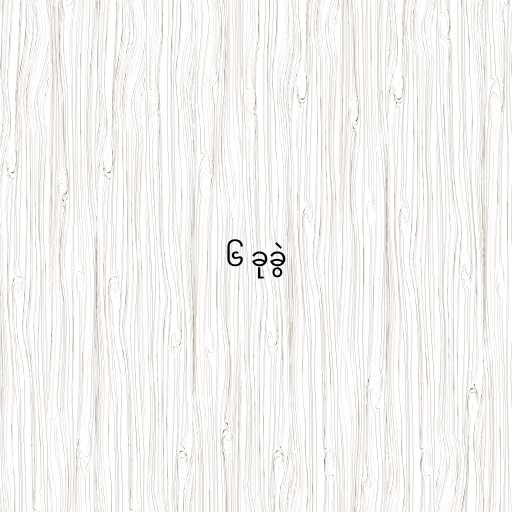
၆ ခုခွဲ